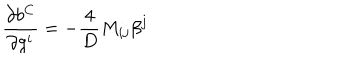
LaTeX: \frac { \partial b ^ { C } } { \partial g ^ { i } } = - \frac { 4 } { D } { M } _ { i j } \beta ^ { j }